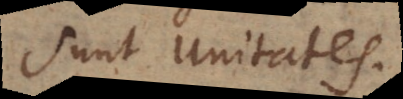
sunt unitates.